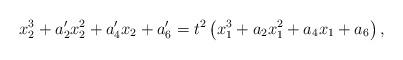
LaTeX: \begin{align*} x_2^3+a'_2x_2^2+a'_4x_2+a'_6 = t^2 \left(x_1^3+a_2x_1^2+a_4x_1+a_6 \right),\end{align*}